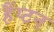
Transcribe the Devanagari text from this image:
हैंप्टन